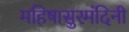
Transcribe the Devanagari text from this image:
महिषासुरमंदिनी